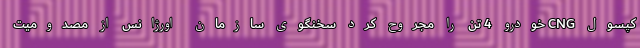
کپسول CNG خودرو 4 تن را مجروح کرد سخنگوی سازمان اورژانس از مصدومیت